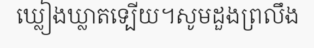
ឃ្លៀងឃ្លាតទ្បើយ។សូមដួងព្រលឹង